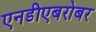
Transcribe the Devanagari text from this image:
एनडीएबरोबर